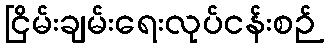
ငြိမ်းချမ်းရေးလုပ်ငန်းစဉ်